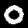
Label: 0